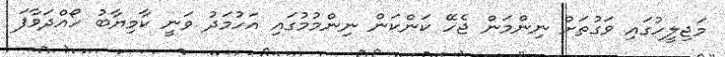
މަޖިލީހުގައި ވަގުތަށް ނިންމަން ޖެހޭ ކަންކަން ނިންމުމުގައި އަހުމަދު ވަނީ ކާމިޔާބު ހޯއްދަވާފަ